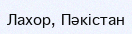
Лахор, Пәкістан